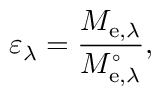
\varepsilon _ { \lambda } = { \frac { M _ { \mathrm { e } , \lambda } } { M _ { \mathrm { e } , \lambda } ^ { \circ } } } ,